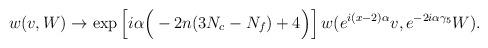
LaTeX: \begin{align*}w(v,W) \to \mbox{exp}\left[i\alpha\Big(-2n(3N_c-N_f)+4 \Big)\right]w(e^{i(x-2)\alpha} v, e^{-2i\alpha\gamma_5} W).\end{align*}